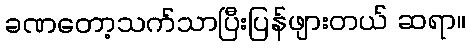
ခဏတော့သက်သာပြီးပြန်ဖျားတယ် ဆရာ။